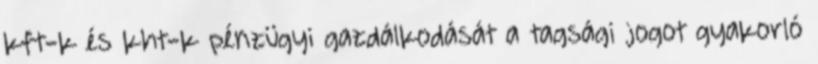
kft-k és kht-k pénzügyi gazdálkodását a tagsági jogot gyakorló